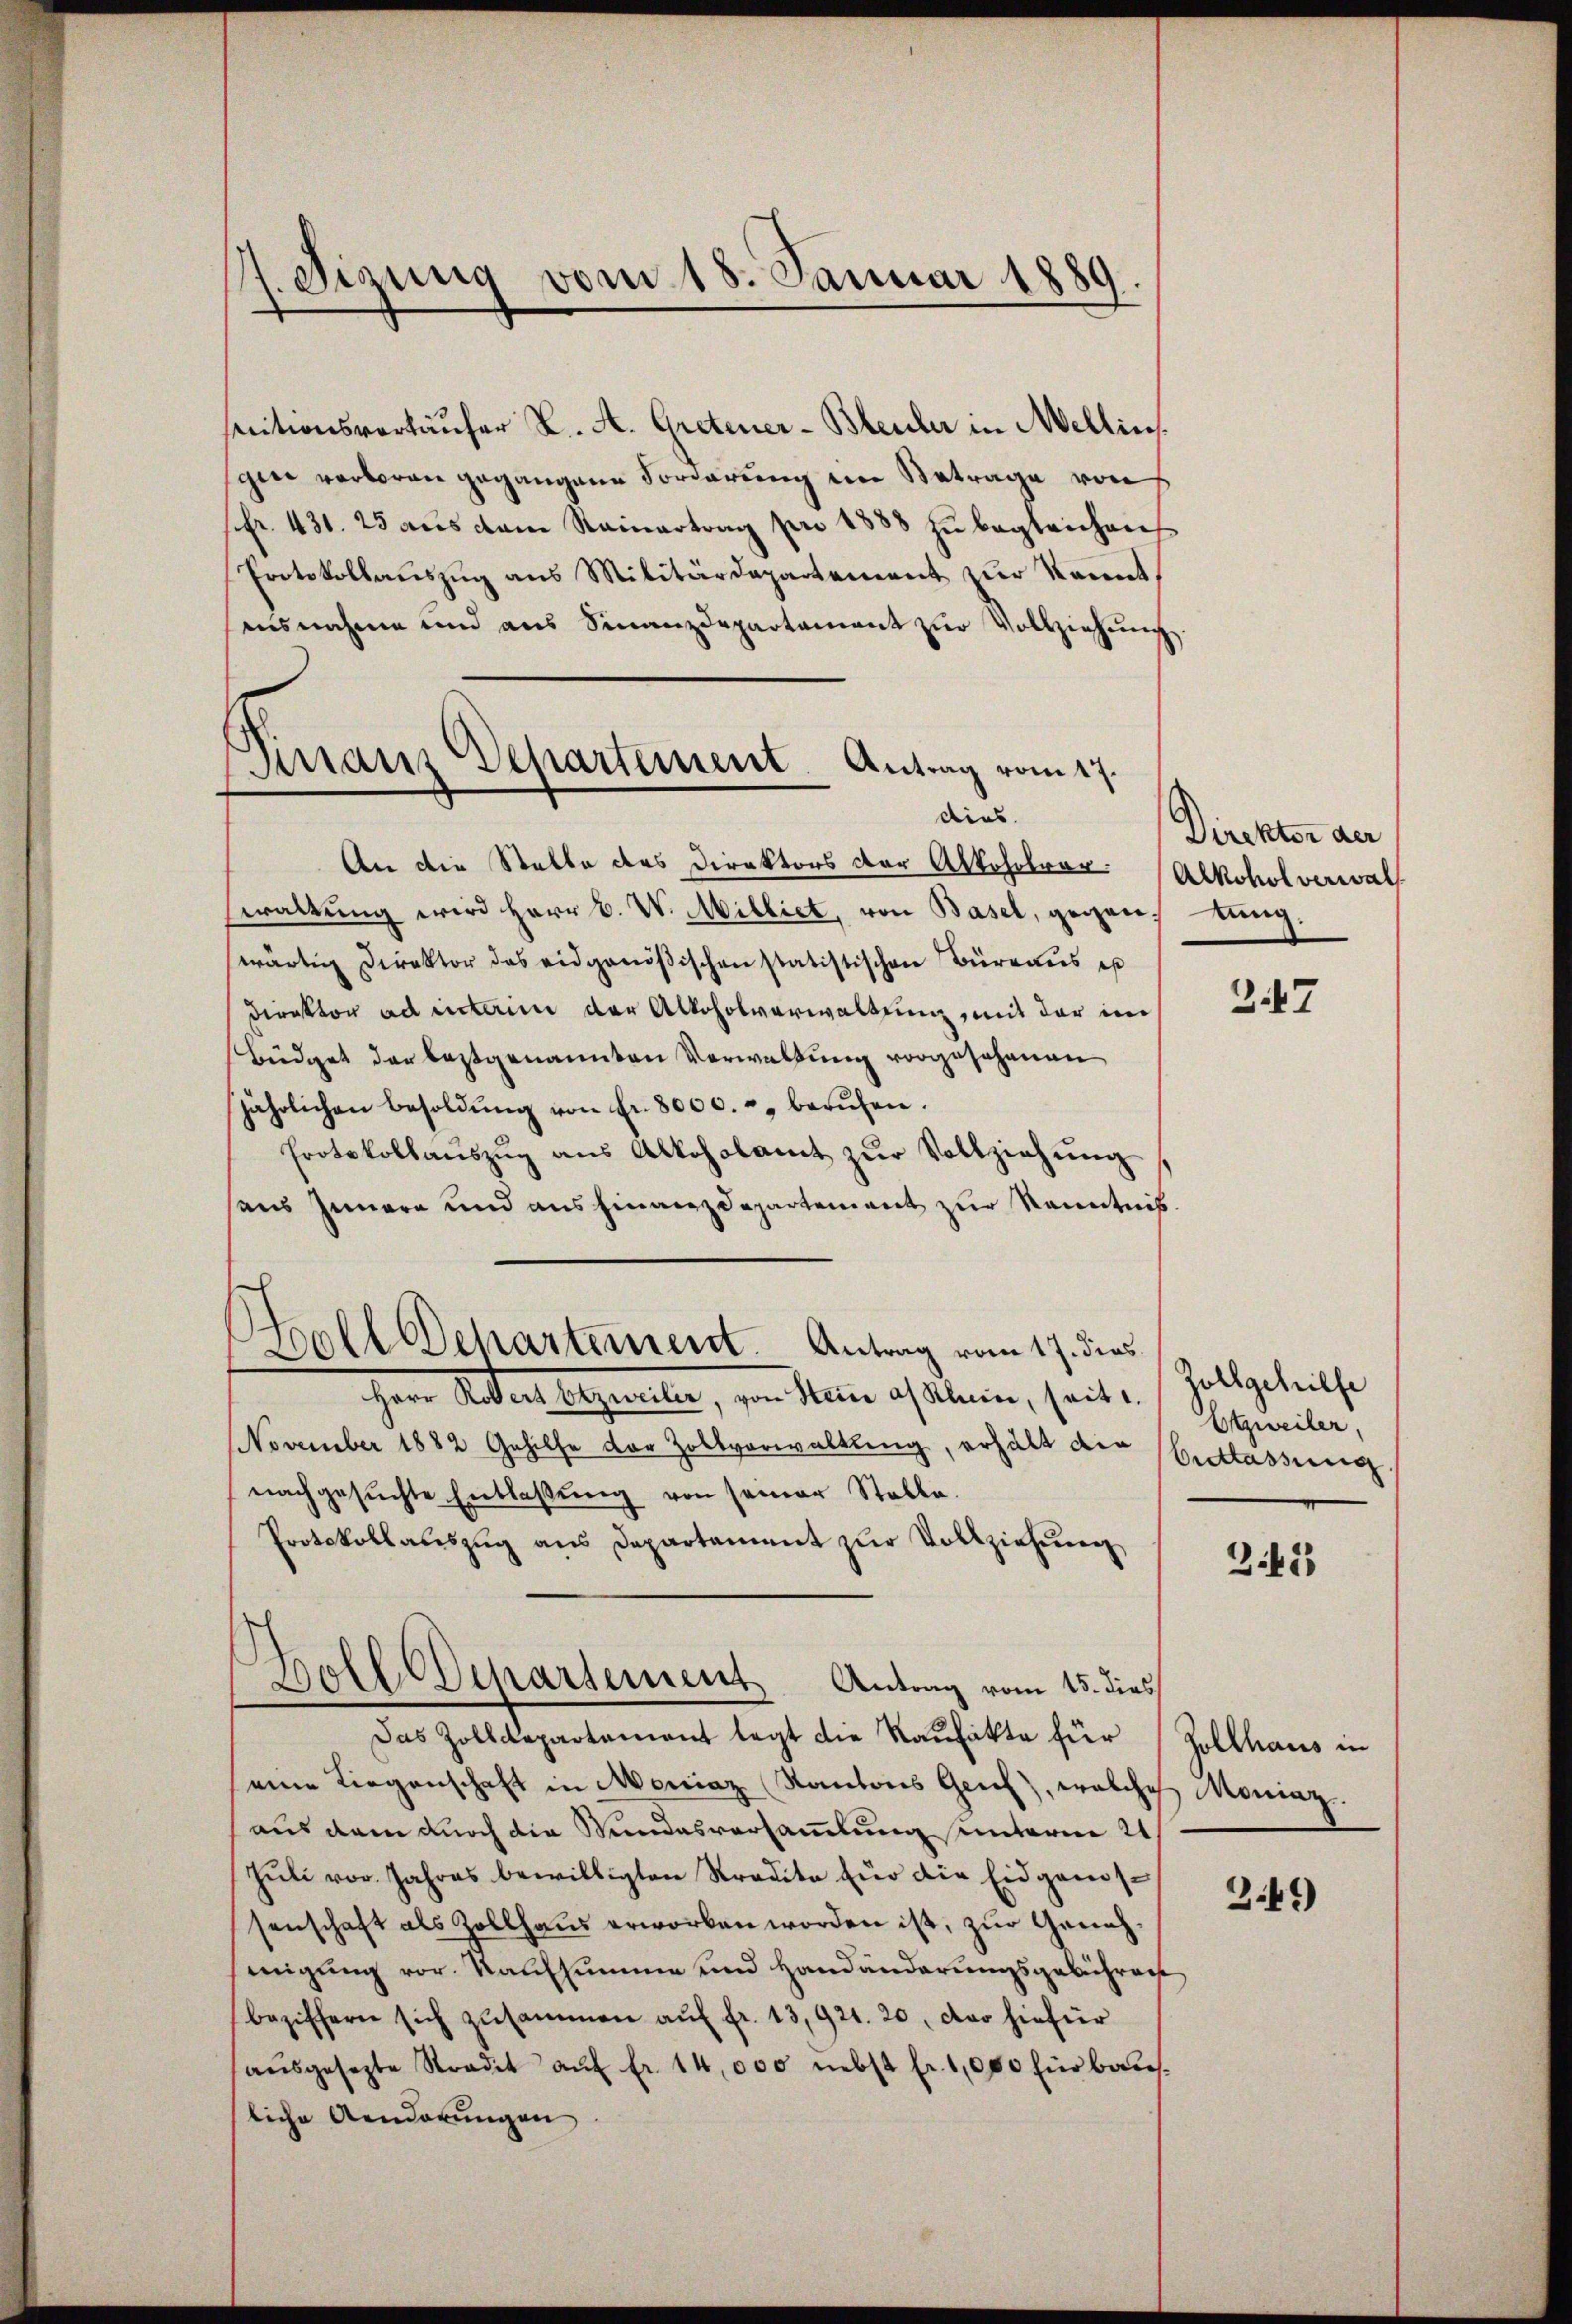
7. Sizung vom 18. Januar 1889.

Finanz Departement Antrag vom 17.

nitionsverkäufer K. A. Gretener-Bleuler in Mellin.
gin verboren gegangene Vorderung ein Betrage von
Pfr. 431. 23 aus dem Rainertrag pro 1888 zu begleichen
Protokollauszug aus Militärdepartement zur Kenntausnahme und aus Finanzdepartament zur Vollziehung
dies
An die Statte des Direktors der Alkoholrar.
waltŭng wird Herr v. V. Milliet, von Basel, gegenstung.
wärtig Direktor das eidgenößischen statistischen Büreaus es
Direktor ad inten der Alkoholverwaltung, mit der im
Büdget der bestgenannten Verwaltung vorgesehenen
jährlichen Besoldŭng von fr. 8000. u berŭfen.
Protokollaŭszŭg aŭs Alkoholamt zŭr Vollziehŭng
haus Innere und aus Finanzdepartement zur Kenntnis.
Holl Departement. Antrag vom 17. dies
Herr Redten Wegweiter, von Meine als Klein, seit s.
November 1882 Gehilfe der Zollverwaltung, erhält die Entlassung.
nachgesuchte Entlaßung von seiner Stalle.
Protokollauszug aus Departament zur Vollziehung
Bolldepartement Antrag vom 15. dies
Das Zolldepartement legt die Raufakte für
eine Liegenschaft in Moniaz Kantons Genf), welches Moniaz
aus dem durch die Wundesversammlung unterm 21.
Jŭli vor. Jahres bewilligten Stradita für die Eidgenossenschaft als Zollhaus erworben worden ist, zur Genehmigung vor. Kaufsumme und Handänderungsgebühren,
beziffern sich zusammen aŭf fr. 13,921. 20, der hiefür
aŭsgesezte Stradit aŭf fr. 14,000 nebst fr. 1,000 für bauliche Aenderungen

Direktor der
Alkohol verwalt

347

Zollgehülfe
Etzweiler,

342)

Zollhaus in

3.49)